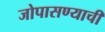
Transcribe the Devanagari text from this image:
जोपासण्याची